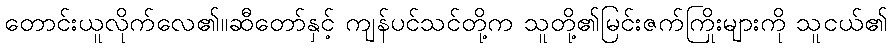
တောင်းယူလိုက်လေ၏။ဆီတော်နှင့် ကျန်ပင်သင်တို့က သူတို့၏မြင်းဇက်ကြိုးများကို သူငယ်၏